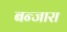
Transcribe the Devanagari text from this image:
बन्जारा